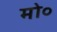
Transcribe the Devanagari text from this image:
मो०